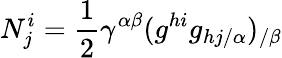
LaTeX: N_{j}^{i}={\frac{1}{2}}\gamma^{\alpha\beta}(g^{hi}g_{hj/\alpha})_{/\beta}